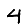
Digit: 4